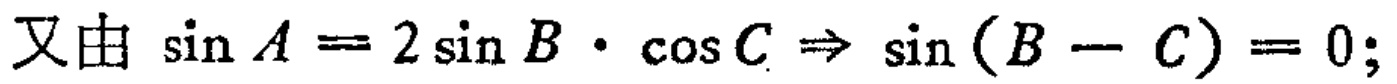
又由\(\sin A = 2\sin B\cdot\cos C\Rightarrow \sin (B - C)=0;\)